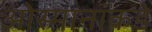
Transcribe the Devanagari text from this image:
ओस्मानांकडे